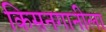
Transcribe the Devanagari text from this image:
किसनगानीला